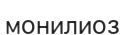
монилиоз